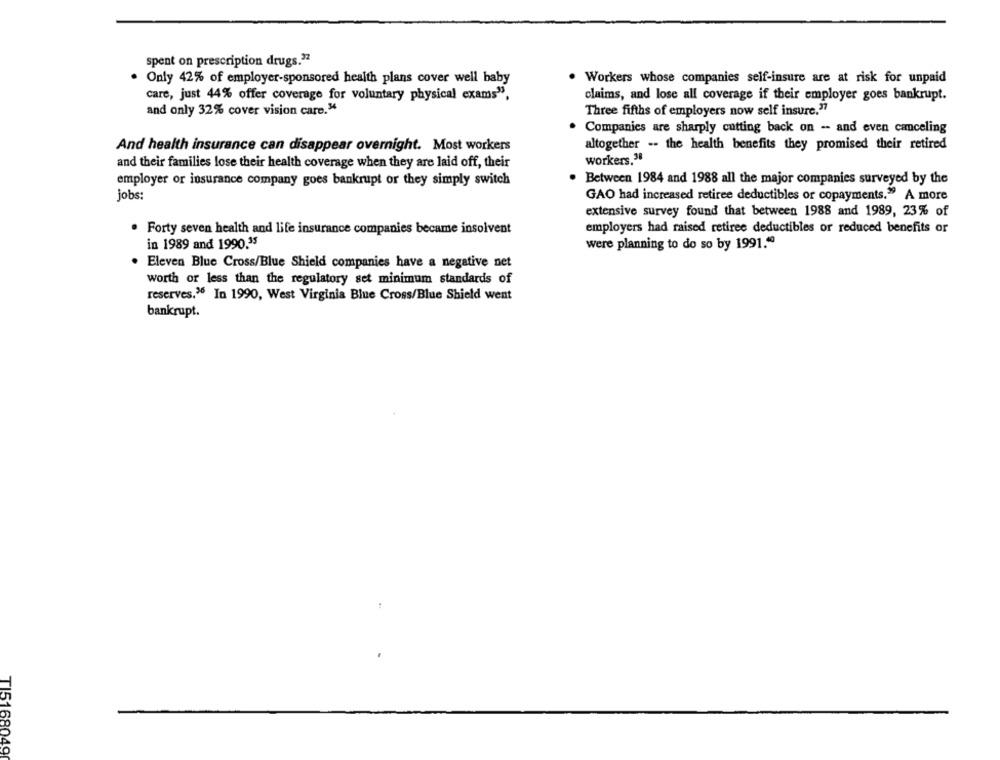
spent on prescription drugs.37
. Only 42% of employer-sponsored health plans cover well baby
. Workers whose companies self-insure are at risk for unpaid
care, just 44% offer coverage for voluntary physical exams".
claims, and lose all coverage if their employer goes bankrupt.
and only 32% cover vision care."
Three fifths of employers now self insure.37
. Companies are sharply cutting back on - and even canceling
And health insurance can disappear overnight. Most workers
altogether -- the health benefits they promised their retired
workers.31
and their families lose their health coverage when they are laid off, their
employer or insurance company goes bankrupt or they simply switch
. Between 1984 and 1988 all the major companies surveyed by the
jobs:
GAO had increased retiree deductibles or copayments." A more
extensive survey found that between 1988 and 1989, 23% of
employers had raised retiree deductibles or reduced benefits or
. Forty seven health and life insurance companies became insolvent
in 1989 and 1990.35
were planning to do so by 1991."
· Eleven Blue Cross/Blue Shield companies have a negative net
worth or less than the regulatory set minimum standards of
reserves.16 In 1990, West Virginia Blue Cross/Blue Shield went
bankrupt.
TI5168049